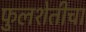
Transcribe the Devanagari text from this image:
फुलशेतीचा